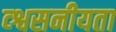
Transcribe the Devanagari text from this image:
व्श्वसनीयता